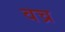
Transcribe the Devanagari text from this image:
वच्र